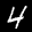
Label: 4